Note on the mental hospitals in Burma - 1925-1940
Year: 1925
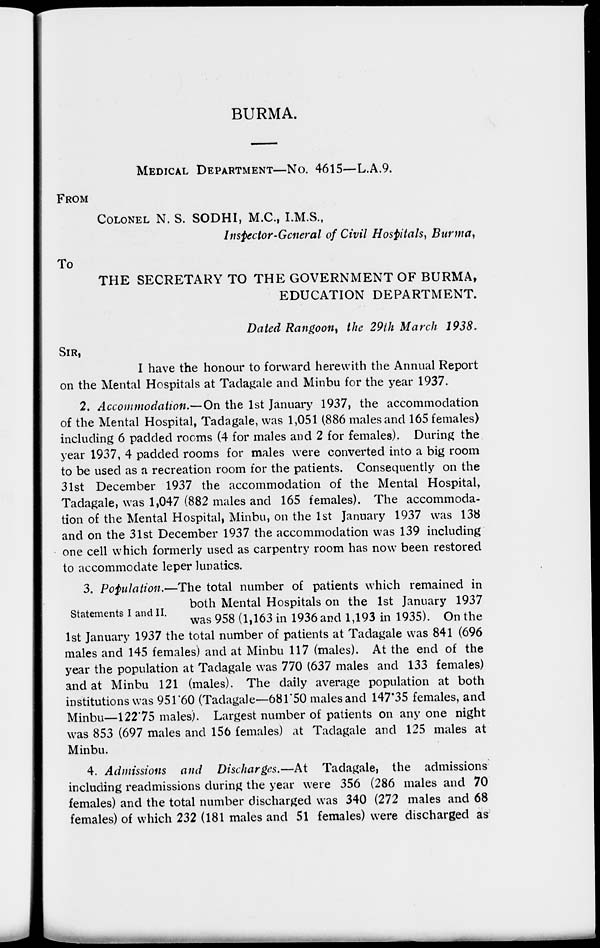
BURMA.
MEDICAL DEPARTMENT—No. 4615—L.A.9.
FROM
COLONEL N. S. SODHI, M.C., I.M.S.,
Inspector-General of Civil Hospitals, Burma,
To
THE SECRETARY TO THE GOVERNMENT OF BURMA,
EDUCATION DEPARTMENT.
Dated Rangoon, the 29th March 1938.
SIR,
I have the honour to forward herewith the Annual Report
on the Mental Hospitals at Tadagale and Minbu for the year 1937.
2. Accommodation.— On the 1st January 1937, the accommodation
of the Mental Hospital, Tadagale, was 1,051 (886 males and 165 females)
including 6 padded rooms (4 for males and 2 for females). During the
year 1937, 4 padded rooms for males were converted into a big room
to be used as a recreation room for the patients. Consequently on the
31st December 1937 the accommodation of the Mental Hospital,
Tadagale, was 1,047 (882 males and 165 females). The accommoda-
tion of the Mental Hospital, Minbu, on the 1st January 1937 was 138
and on the 31st December 1937 the accommodation was 139 including
one cell which formerly used as carpentry room has now been restored
to accommodate leper lunatics.
Statements I and II.
3. Population.—The total number of patients which remained in
both Mental Hospitals on the 1st January 1937
was 958 (1,163 in 1936 and 1,193 in 1935). On the
1st January 1937 the total number of patients at Tadagale was 841 (696
males and 145 females) and at Minbu 117 (males). At the end of the
year the population at Tadagale was 770 (637 males and 133 females)
and at Minbu 121 (males). The daily average population at both
institutions was 951.60 (Tadagale—681.50 males and 147.35 females, and
Minbu—122.75 males). Largest number of patients on any one night
was 853 (697 males and 156 females) at Tadagale and 125 males at
Minbu.
4. Admissions and Discharges.—At Tadagale, the admissions
including readmissions during the year were 356 (286 males and 70
females) and the total number discharged was 340 (272 males and 68
females) of which 232 (181 males and 51 females) were discharged as